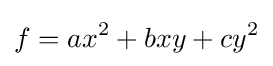
f=ax^{2}+bxy+cy^{2}